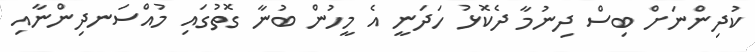
ކުދިންނަށް ބިސް ދިނުމާ ދެކޮޅު ހަދަނީ އެ މީހުން ބުނާ ގޮތުގައި މުއްސަނދިންނާއި